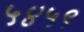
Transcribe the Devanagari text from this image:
५४५९